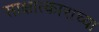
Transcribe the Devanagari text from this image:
साक्षात्काराच्या